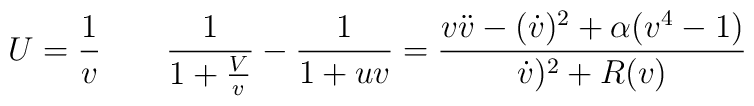
U={1\over v} \qquad {1\over 1+{V\over v}}-{1\over 1+u v}=\frac{v\ddot v-(\dot v)^2+\alpha(v^4-1)}{\dot v)^2+R(v)}